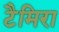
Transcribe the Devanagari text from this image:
टैमिरा